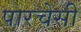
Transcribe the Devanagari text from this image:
पारचेसी